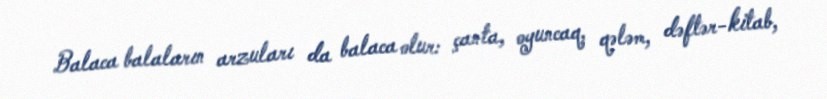
Balaca balaların arzuları da balaca olur: çanta, oyuncaq, qələm, dəftər-kitab,